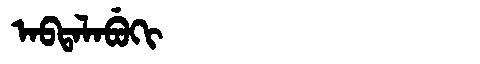
Manchu: ᠠᠪᡨᠠᠯᠠᠪᡠᡴᡳ
Romanization: ABTALABUKI